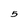
Character: 5